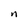
Character: n